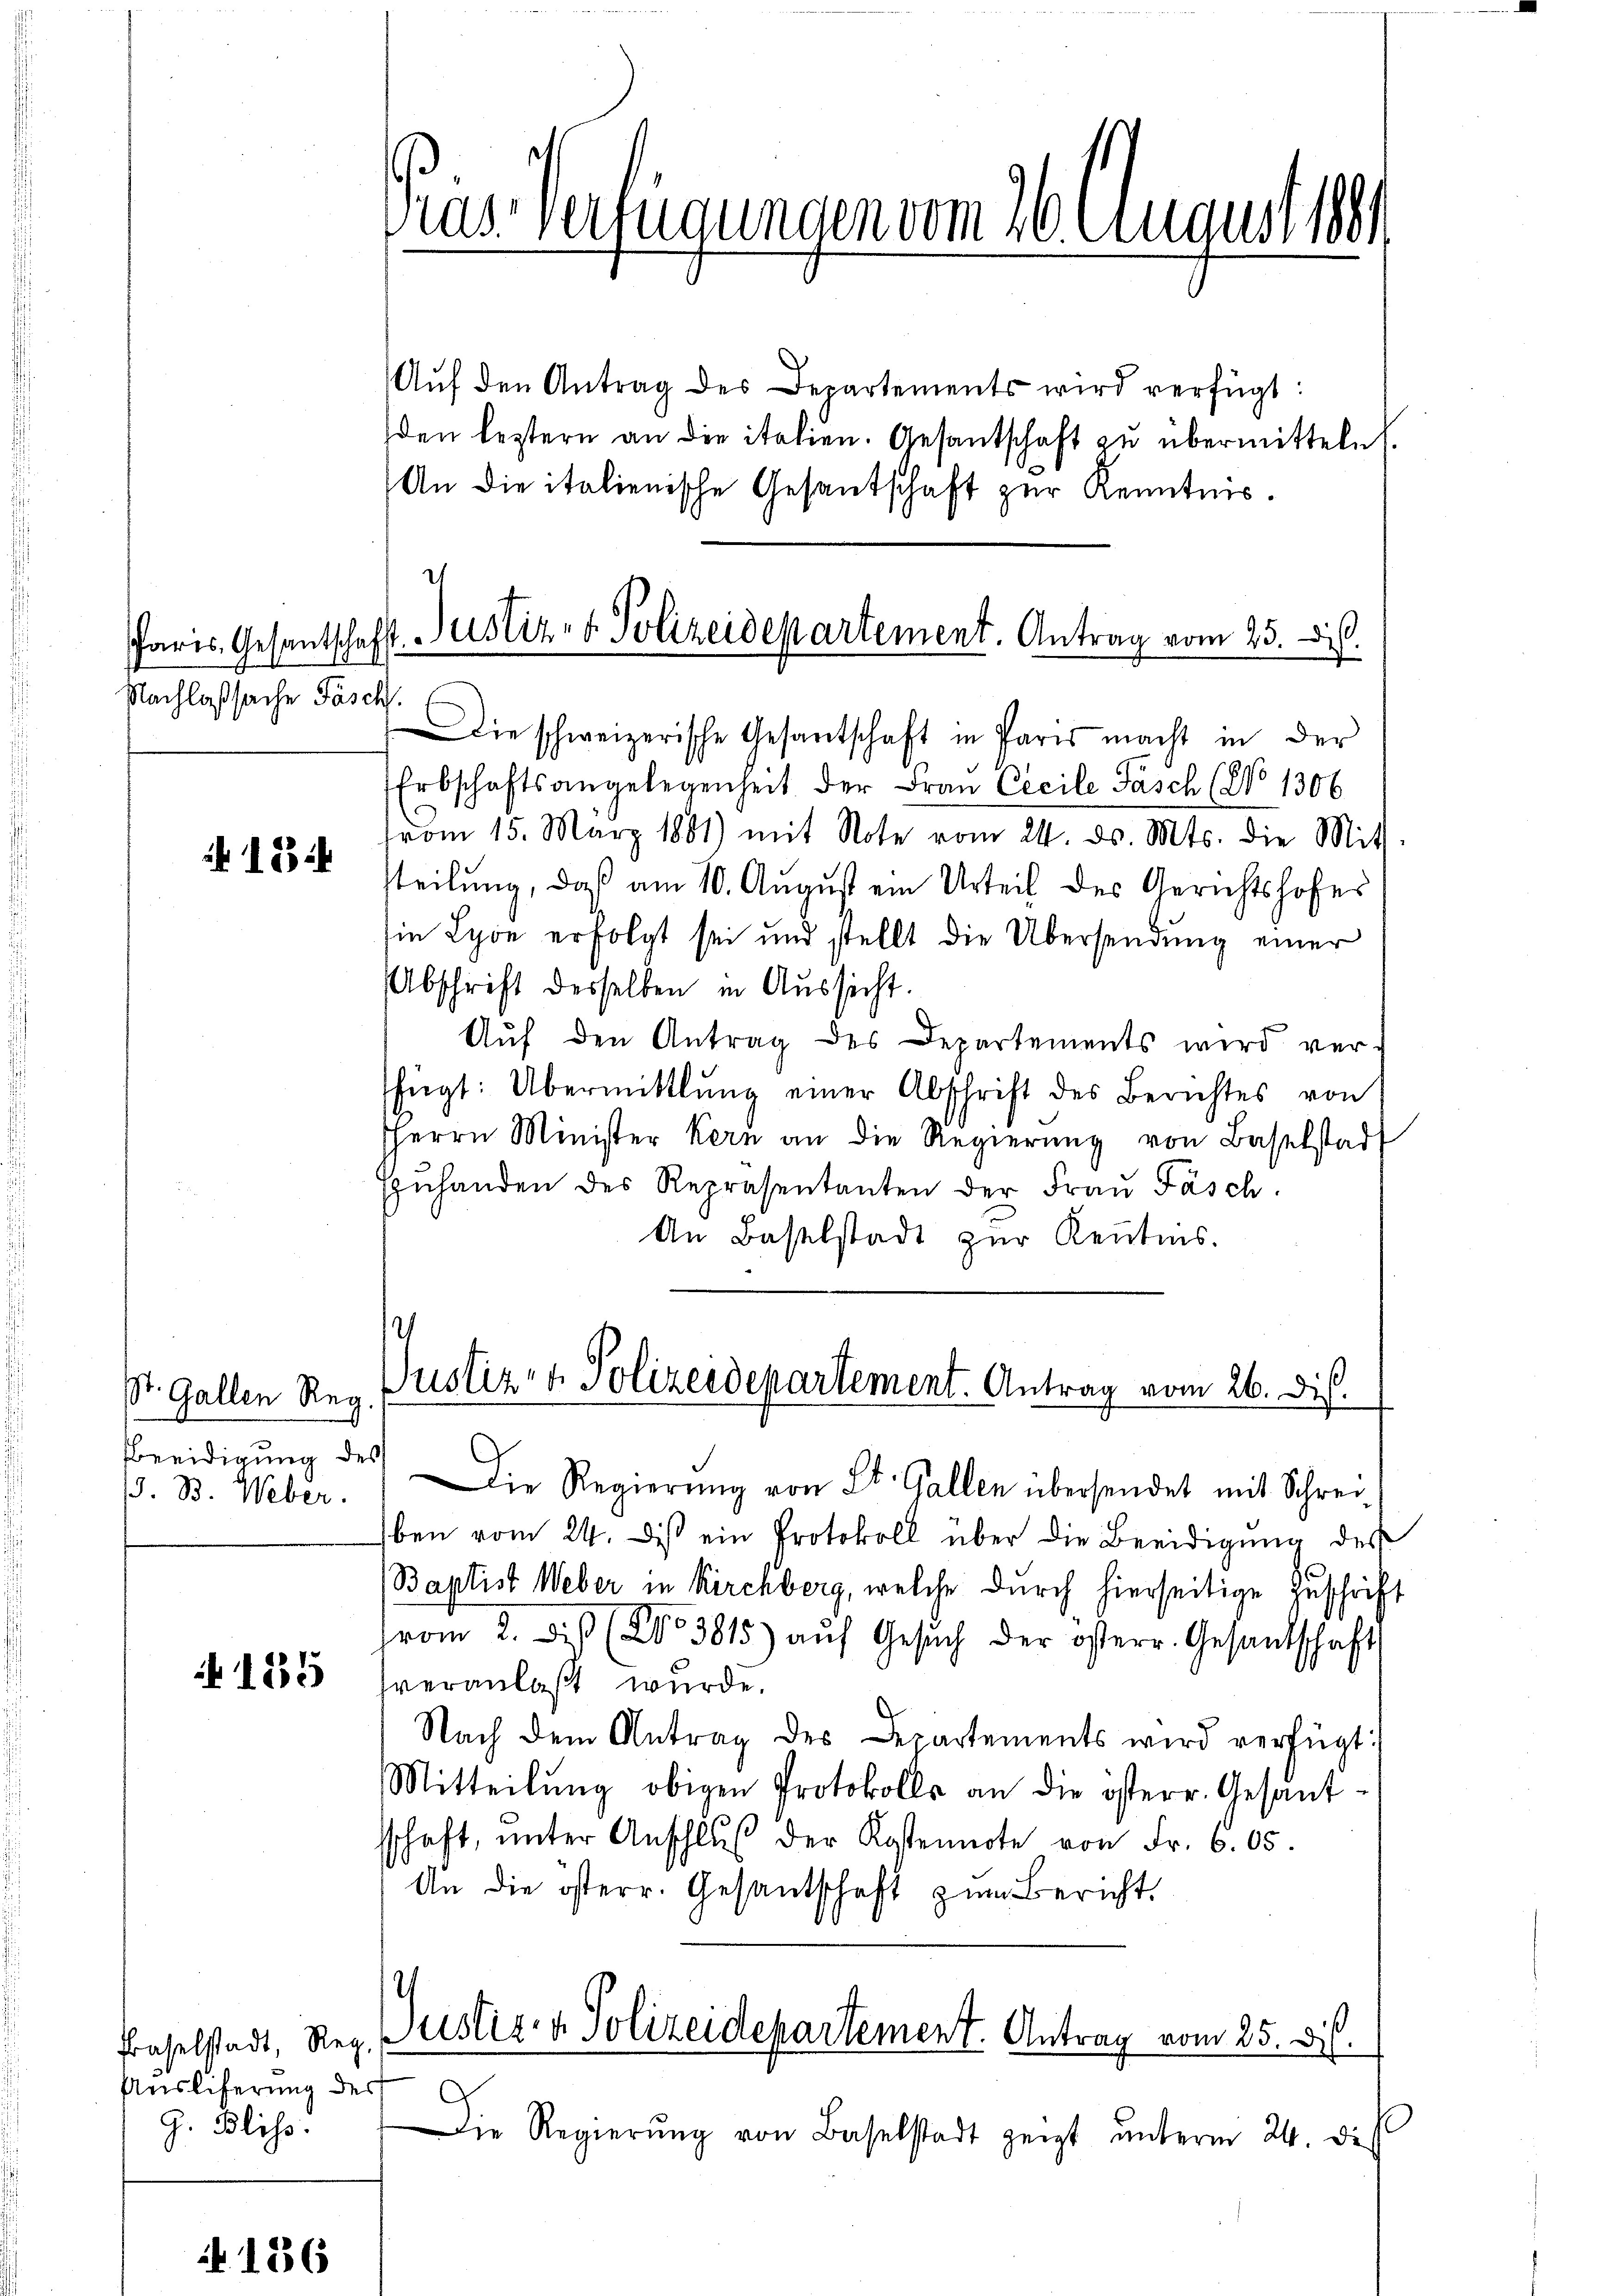
Nachlaßsache Fasch.

if. 134

St. Gallen Reg
Beeidigung des
/d. B. Weber.

N 185

Praselstadt, Reg.
Ausliferung des
G. Bliss.

136

Pas Verfügungenem 16. Augustan

Paris Gesantschaft. Justiz- & Polizeidepartement. Antrag vom 25. d.

Aŭf den Antrag des Departements wird verfügt:
den leztern an die italien. Gesantschaft zu übermitteln.
An die italienische Gesantschaft zur Kenntnis¬
Die schweizerische Gesantschaft in Paris macht in der
Erbschaftsangelegenheit der Frau Cecile Fäsch (No 1306
from 15. März 1881) mit Note vom 24. ds. Mts. die Mit
steilung, daß am 10. August ein Urteil des Gerichtshofes
in Lyon erfolgt sei und stellt die Übersendung einer
Abschrift desselben in Aussicht.
Aŭf den Antrag des Departements wird ver-
fügt: Übermittlung einer Abschrift des Berichtes von
HHerrn Minister Kern an die Regierŭng von Baselstadt
Enhanden des Repräsentanten der Fraŭ Fäsch
An Baselstadt zur Kenntnis.
Justiz- & Polizeidepartement. Antrag vom 26. di
) Die Regierŭng von St. Gallen übersendet mit Schrei-
ben vom 24. des ein Protokoll über die Beeidigung des
Baptist Weber in Kirchberg, welche durch hierseitige Zuschrift
vom 2. di (No 3815) aŭf Gesŭch der österr. Gesandschaft
veranlaßt wurde.
Nach dem Antrag des Departements wird verfügt:
Mitteilŭng obigen Protokolls an die österr. Gesant
sschaft, ŭnter Anschlŭβ der Kostennote von Fr. 605.
An die österr. Gesantschaft zum Bericht.
.
Justiz- & Polizeidepartement. Antrag vom 25. ds.
Die Regierŭng von Baselstadt zeigt ŭnterm 24. di